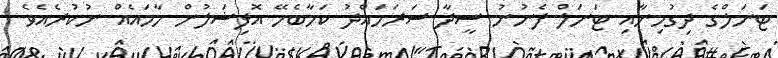
ޓަނަލްގެ ދިގުމިނާއި ޓަނަލް ފެނުނު ސީދާ ސަރަހައްދު ކަމާބެހޭ އޮފިޝަލުން ހާމައެއް ނުކުރެއެވެ.